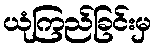
ယုံကြည်ခြင်းမှ